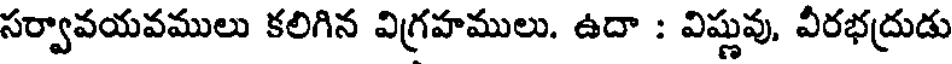
సర్వావయవములు కలిగిన విగ్రహములు. ఉదా : విష్ణువు, వీరభద్రుడు